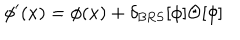
\phi ^ { \prime } ( x ) = \phi ( x ) + \delta _ { \mathrm { B R S } } [ \phi ] \Theta [ \phi ]